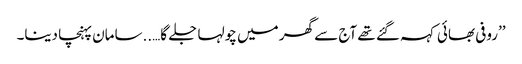
’’روفی بھائی کہہ گئے تھے آج سے گھر میں چولہا جلے گا…..سامان پہنچا دینا۔